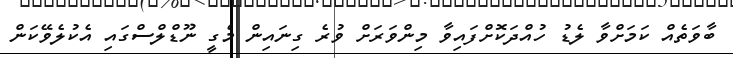
ބާވަތެއް ކަމަށްވާ ލެޑު ހުއްދަކޮށްފައިވާ މިންވަރަށް ވުރެ ގިނައިން މެގީ ނޫޑްލްސްގައި އެކުލެވޭކަން